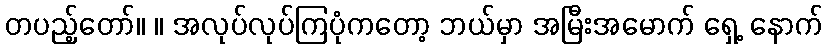
တပည့်တော်။ ။ အလုပ်လုပ်ကြပုံကတော့ ဘယ်မှာ အမြီးအမောက် ရှေ့ နောက်